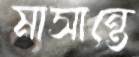
মাসান্তে